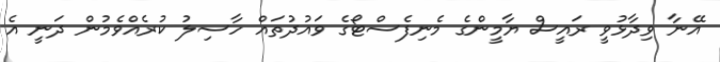
އޭނާ ވިދާޅުވީ ރައީސް ޔާމީންގެ މެނިފެސްޓޯގެ ވައުދުތައް ހާސިލު ކުރެއްވެމުން ދަނީ އެ